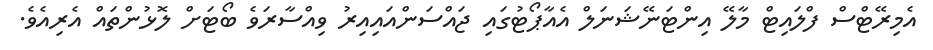
އެމިރޭޓްސް ފްލައިޓް މާލޭ އިންޓަނޭޝަނަލް އެއާޕޯޓުގައި ޖައްސަންއައިއިރު ވިއްސާރަވެ ބޯޓަށް ލޮޅުންތައް އެރިއެވެ.